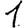
Digit: 1